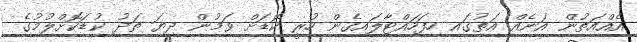
އެއްއަތުން އަނެއް އަތުގައި ހިފަހައްޓާލައިގެން ހުރީ ކޮޑަށް ވަމުން ދިޔަ ތަދު ކުޑަކޮށްލުމުގެ